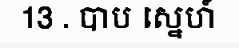
13 . បាប ស្នេហ៍